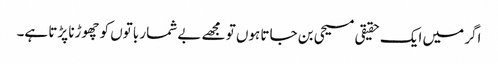
اگر میں ایک حقیقی مسیحی بن جاتا ہوں تو مجھے بے شمار باتوں کو چھوڑنا پڑتا ہے۔